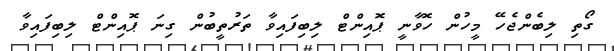
ގޯތި ލިބެންޖެހޭ މީހުން ހޮވާނީ ޕޮއިންޓް ލިބިފައިވާ ތަރުތީބުން ގިނަ ޕޮއިންޓް ލިބިފައިވާ